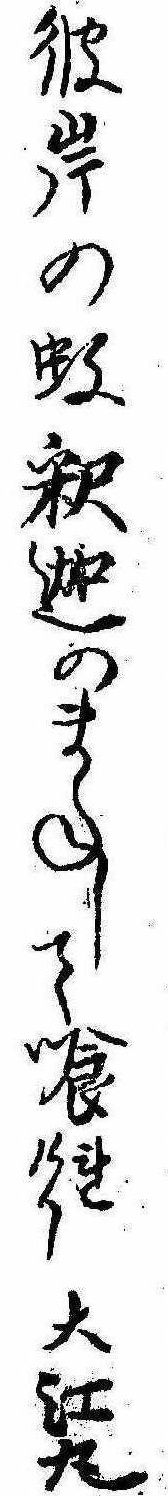
彼岸の蚊釈迦のまねして喰れけり大江丸